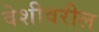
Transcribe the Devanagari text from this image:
वेशीवरील